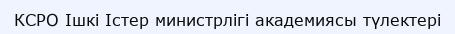
КСРО Ішкі Істер министрлігі академиясы түлектері